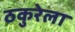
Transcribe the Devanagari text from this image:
ठकुरेला